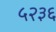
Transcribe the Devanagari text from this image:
५२३६